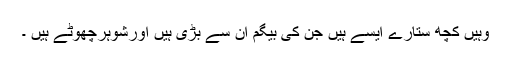
وہیں کچھ ستارے ایسے ہیں جن کی بیگم ان سے بڑی ہیں اورشوہرچھوٹے ہیں ۔